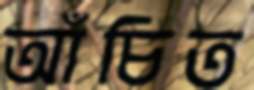
আঁচিত